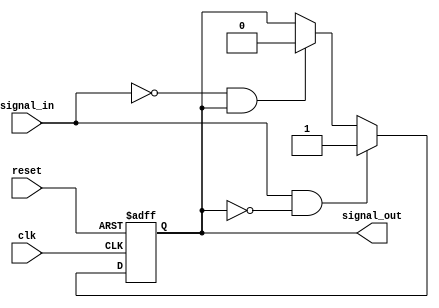
module schmitt_trigger_buffer (
    input wire clk,
    input wire reset,
    input wire signal_in,
    output reg signal_out
);

reg buffer_out;

always @(posedge clk, negedge reset) begin
    if (reset == 1'b0) begin
        buffer_out <= 1'b0;
    end else begin
        if (signal_in == 1'b1 && buffer_out == 1'b0) begin
            buffer_out <= 1'b1;
        end else if (signal_in == 1'b0 && buffer_out == 1'b1) begin
            buffer_out <= 1'b0;
        end
    end
end

assign signal_out = buffer_out;

endmodule